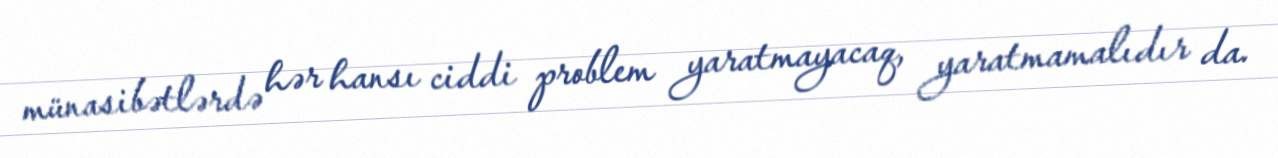
münasibətlərdə hər hansı ciddi problem yaratmayacaq, yaratmamalıdır da.